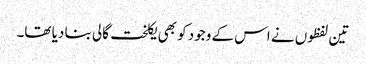
تین لفظوں نے اس کے وجود کو بھی یکلخت گالی بنا دیا تھا۔